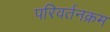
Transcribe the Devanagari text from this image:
परिवर्तनक्रम